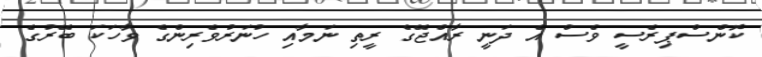
ކޮންސްޕިރެސީ ވެސް އެ ދަނީ ރާއްޖޭގެ ރީތި ނަމާއި ހުނަރުވެރިންގެ ވާހަކަ ބޭރުގެ